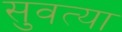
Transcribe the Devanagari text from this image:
सुवत्या